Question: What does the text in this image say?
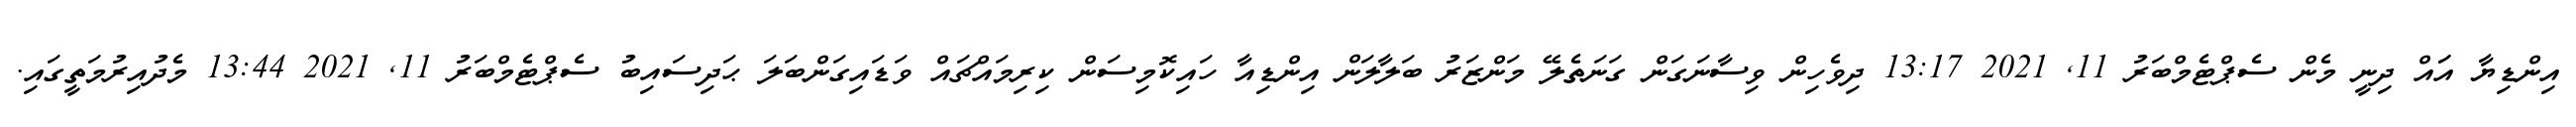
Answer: އިންޑިޔާ އަައް ދިނީ މެން ސެޕްޓެމްބަރު 11, 2021 13:17 ދިވެހިން ވިސާނަގަން ގަނަތެލޭ މަންޒަރު ބަލާލަން އިންޑިއާ ހައިކޮމިސަން ކިރިމައްޗައް ވަޑައިގަންބަލަ ޙަދިސައިބު ސެޕްޓެމްބަރު 11, 2021 13:44 މެދުއިރުމަތީގައި.